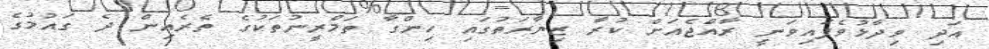
އަދި ވިދާޅުވެފައިވަނީ ރާއްޖެއަށް ކުރާ ޒިޔާރަތުގައި ހިންގާ ތަމްރީނުތަކުގެ ތެރެއިން ދެ ގައުމުގެ